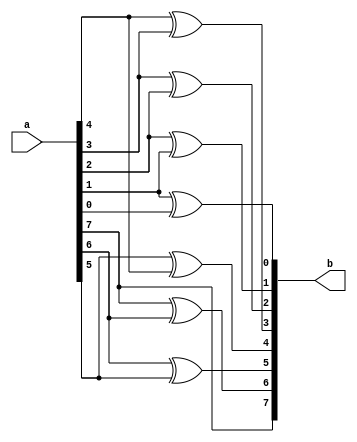
module binario_para_gray (
    input [7:0] a,
    output [7:0] b
);

assign b[7] = a[7];
assign b[6] = a[7] ^ a[6];
assign b[5] = a[6] ^ a[5];
assign b[4] = a[5] ^ a[4];
assign b[3] = a[4] ^ a[3];
assign b[2] = a[3] ^ a[2];
assign b[1] = a[2] ^ a[1];
assign b[0] = a[1] ^ a[0];

endmodule